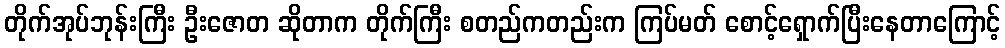
တိုက်အုပ်ဘုန်းကြီး ဦးဇောတ ဆိုတာက တိုက်ကြီး စတည်ကတည်းက ကြပ်မတ် စောင့်ရှောက်ပြီးနေတာကြောင့်